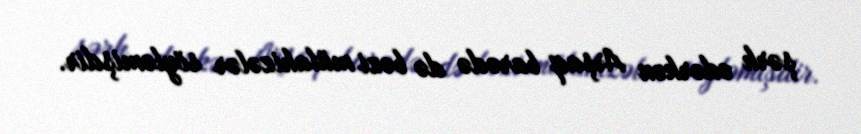
şərh edərkən Arşaq barədə də bəzi mülahizələr söyləmişdir.